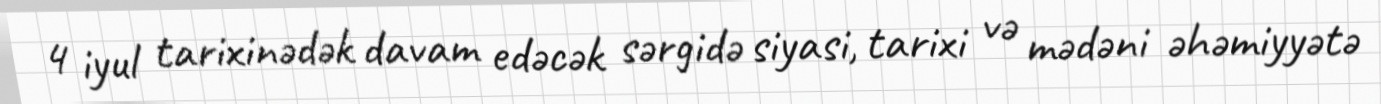
4 iyul tarixinədək davam edəcək sərgidə siyasi, tarixi və mədəni əhəmiyyətə